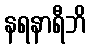
နရနာရီဘိ